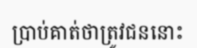
ប្រាប់គាត់ថាត្រូវជននោះ